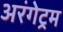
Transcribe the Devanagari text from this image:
अरंगेट्रम